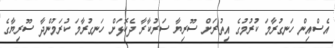
އެސްއިން ހަނގުރާމަ ކުރުމުގެ އިތުރަށް ސޫރިޔާ ސަރުކާރާ ދެކޮޅަށް ހަނގުރާމަ ކުރަމުންދާ ސޫރިޔާގެ